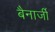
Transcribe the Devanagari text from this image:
बैनार्जी